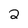
Character: 2